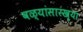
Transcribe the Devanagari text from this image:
वळ्यांसारख्या